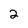
Character: 2